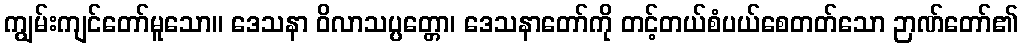
ကျွမ်းကျင်တော်မူသော။ ဒေသနာ ဝိလာသပ္ပတ္တော၊ ဒေသနာတော်ကို တင့်တယ်စံပယ်စေတတ်သော ဉာဏ်တော်၏